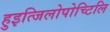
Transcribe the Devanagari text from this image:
हुइत्जिलोपोच्टिलि